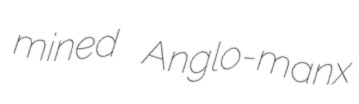
mined Anglo-manx